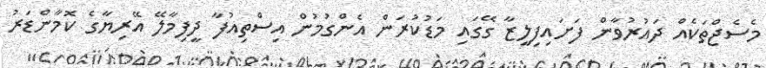
މެސެޖްތަކެއް ދައުރުވާން ފަށައިފިލީޒާ ގޭގައި މަޑުކުރަން އެންގުމުން އިސްތިއުފާ ދީފިމާލޭ އޭރިޔާގެ ކޮމާންޑަރު